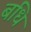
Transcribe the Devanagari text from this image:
बधि